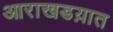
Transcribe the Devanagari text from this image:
आराखडय़ात